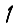
Digit: 1